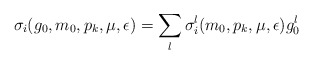
\begin{align*}\sigma_i(g_0,m_0,p_k,\mu,\epsilon) =\sum_{l}\sigma_i^l(m_0,p_k,\mu,\epsilon)g_0^l \end{align*}